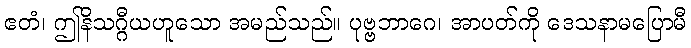
ဧတံ၊ ဤနိသဂ္ဂီယဟူသော အမည်သည်။ ပုဗ္ဗဘာဂေ၊ အာပတ်ကို ဒေသနာမပြောမီ